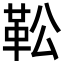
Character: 𩉭